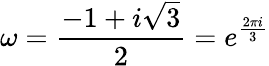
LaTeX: \omega={\frac{-1+i{\sqrt{3}}}{2}}=e^{\frac{2\pi i}{3}}